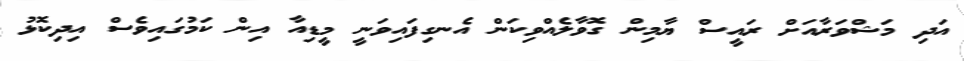
އަދި މަޝްވަރާއަށް ރައީސް ޔާމިން ގޮވާލެއްވިކަން އެނގިފައިވަނީ މީޑިއާ އިން ކަމުގައިވެސް އިދިކޮޅު